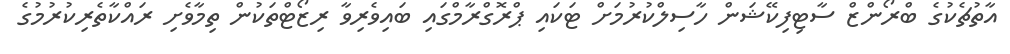
އާތުޗެކުގެ ބްރޯންޒް ސާޓިފިކޭޝަން ހާސިލްކުރުމަށް ޓަކައި ޕްރޮގްރާމްގައި ބައިވެރިވާ ރިޒޯޓްތަކުން ތިމާވެށި ރައްކާތެރިކުރުމުގެ